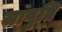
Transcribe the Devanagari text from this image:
जागृति